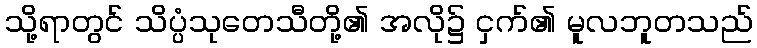
သို့ရာတွင် သိပ္ပံသုတေသီတို့၏ အလို၌ ငှက်၏ မူလဘူတသည်